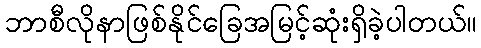
ဘာစီလိုနာဖြစ်နိုင်ခြေအမြင့်ဆုံးရှိခဲ့ပါတယ်။